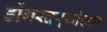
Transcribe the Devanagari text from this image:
डोंगरदऱ्यांच्या